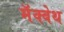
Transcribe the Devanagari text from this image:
मॅक्बेथ